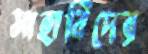
সাহাবিদের